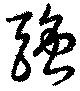
強